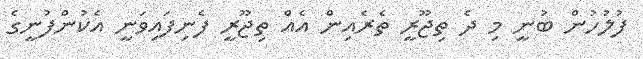
ފުލުހުން ބުނީ މި ދެ ތިޖޫރީ ތެރެއިން އެއް ތިޖޫރީ ފެނިފައިވަނީ އެކުންފުނީގެ